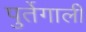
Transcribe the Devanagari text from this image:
पुर्तेगाली